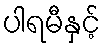
ပါရမီနှင့်